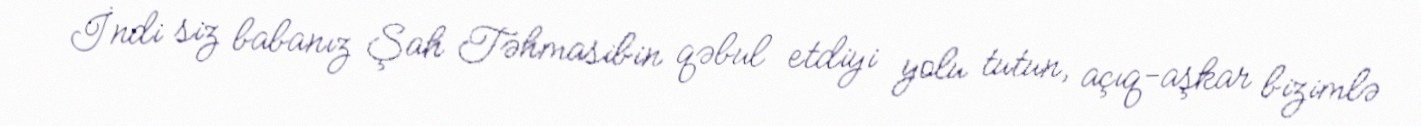
İndi siz babanız Şah Təhmasibin qəbul etdiyi yolu tutun, açıq-aşkar bizimlə